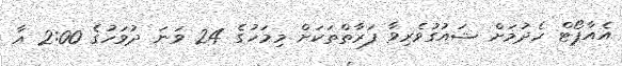
އެއާޕޯޓް ހެދުމަށް ޝައުގުވެރިވާ ފަރާތްތަކަށް މިމަހުގެ 24 ވަނަ ދުވަހުގެ 2:00 އާ